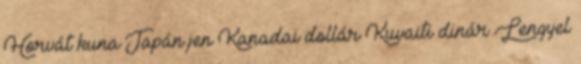
Horvát kuna Japán jen Kanadai dollár Kuvaiti dinár Lengyel